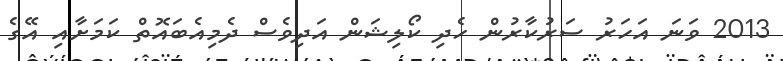
2013 ވަނަ އަހަރު ސަރުކާރުން ހެދި ކޯލިޝަން އަދިވެސް ދެމިއެބައޮތް ކަމަށާއި އޭގެ